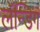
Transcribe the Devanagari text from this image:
लॅन्डिग